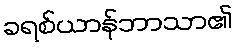
ခရစ်ယာန်ဘာသာ၏